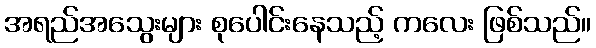
အရည်အသွေးများ စုပေါင်းနေသည့် ကလေး ဖြစ်သည်။